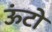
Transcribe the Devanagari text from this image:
ऊंटो